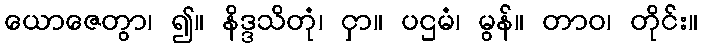
ယောဇေတွာ၊ ၍။ နိဒ္ဒသိတုံ၊ ငှာ။ ပဌမံ၊ မွန်။ တာဝ၊ တိုင်း။